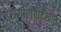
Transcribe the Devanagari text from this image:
संगीताचीदेखील